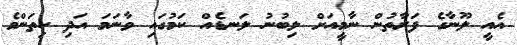
އެއީ ލޫނާގެ ފަރާތުން ނާމީއަށް ލިބުނު ލަނޑެއް ކަމުގައި ވާނަމަ އަދި ކިތަންމެ